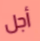
أجل